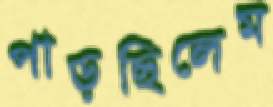
পাড়ছিলেম